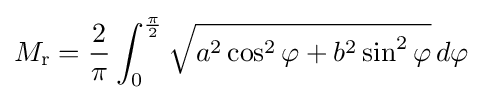
M_{\text{r}}={\frac {2}{\pi }}\int _{0}^{\frac {\pi }{2}}{\sqrt {a^{2}\cos ^{2}\varphi +b^{2}\sin ^{2}\varphi }}\,d\varphi